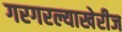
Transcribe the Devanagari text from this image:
गरगरल्याखेरीज